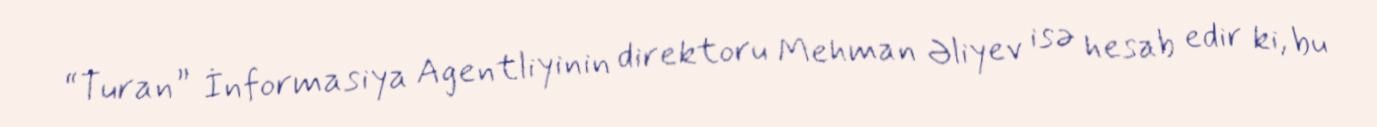
“Turan” İnformasiya Agentliyinin direktoru Mehman Əliyev isə hesab edir ki, bu